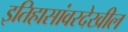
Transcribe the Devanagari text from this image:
इतिहासांवरदेखील